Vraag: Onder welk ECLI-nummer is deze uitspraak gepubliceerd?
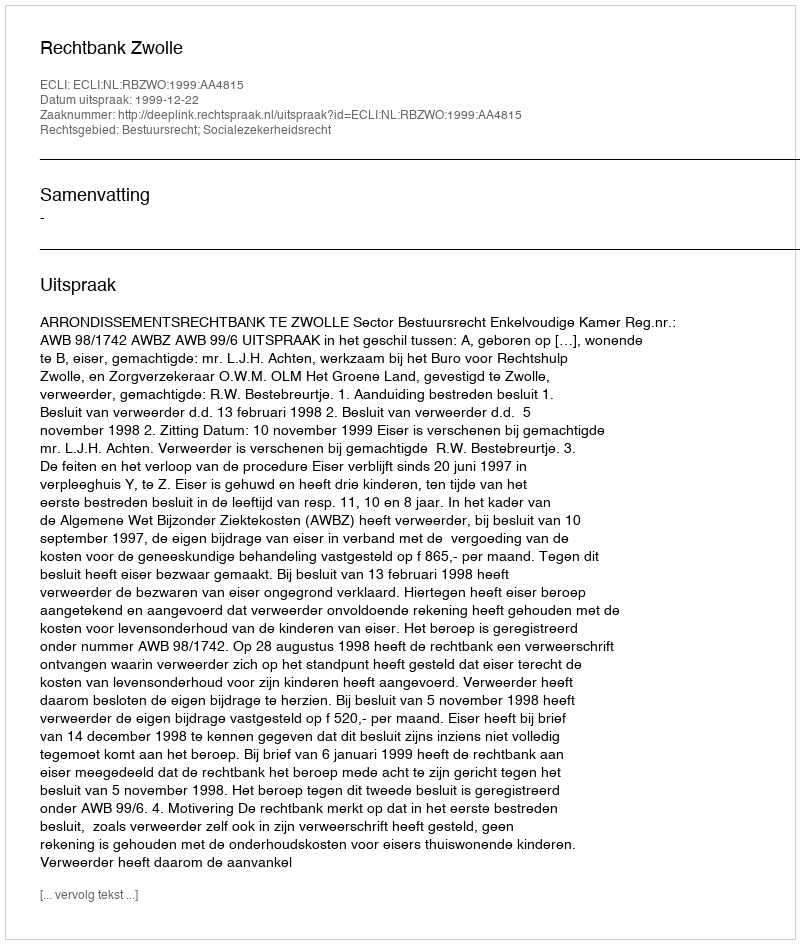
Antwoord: ECLI:NL:RBZWO:1999:AA4815